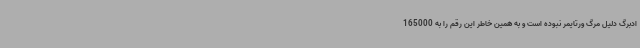
ادبرگ دلیل مرگ ورتایمر نبوده است و به همین خاطر این رقم را به 165000